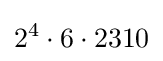
2^{4}\cdot 6\cdot 2310